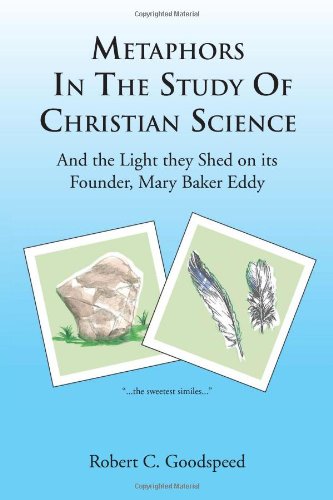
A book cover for METAPHORS IN THE STUDY OF CHRISTIAN SCIENCE: And the Light they Shed on its Founder, Mary Baker Eddy; Robert C Goodspeed; Christian Books & Bibles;